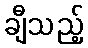
ချီသည့်